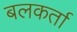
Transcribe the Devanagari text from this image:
बलकर्ता